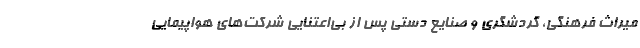
میراث فرهنگی، گردشگری و صنایع دستی پس از بی‌اعتنایی شرکت‌های هواپیمایی